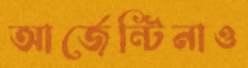
আর্জেন্টিনাও